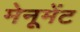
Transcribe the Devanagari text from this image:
मेनूमेंट